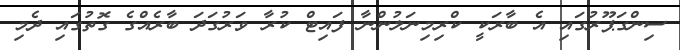
ސިންގަޕޫރުގައި އެ ބާރަކީ ކްރިމިނަލުންނާ ފައިޓް ކުރާ ވަރުގަދަ ބާރެއްގެ ގޮތުގައި ދެމި